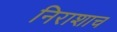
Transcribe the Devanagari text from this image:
निराशाच